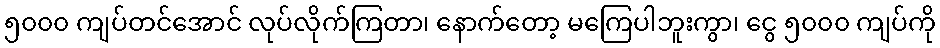
၅၀၀၀ ကျပ်တင်အောင် လုပ်လိုက်ကြတာ၊ နောက်တော့ မကြေပါဘူးကွာ၊ ငွေ ၅၀၀၀ ကျပ်ကို